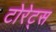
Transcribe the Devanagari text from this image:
टोरेट्स